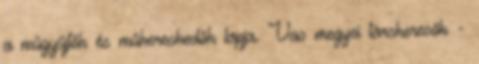
a műgyűjtők és műkereskedők lapja. Vas megyei társkeresők -